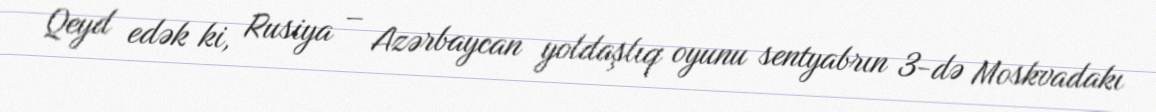
Qeyd edək ki, Rusiya – Azərbaycan yoldaşlıq oyunu sentyabrın 3-də Moskvadakı